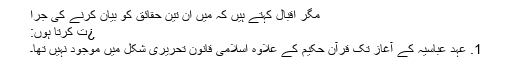
مگر اقبال کہتے ہیں کہ میں ان تین حقائق کو بیان کرنے کی جرا
¿ت کرتا ہوں:
1. عہد عباسیہ کے آغاز تک قرآن حکیم کے علاوہ اسلامی قانون تحریری شکل میں موجود نہیں تھا۔